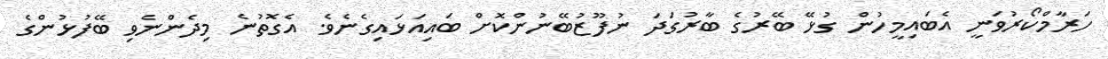
ހަރާމްކޯރުވަނީ އެބައިމީހުން ގުޅޭ ބޭރުގެ ބާރުގަދަ ނުފޫޒުބޭނުންކޮށް ބައިއަޅައިގެނެވެ. އެގޮތުނެ މިދެންނެވި ބޭފުޅުންގެ